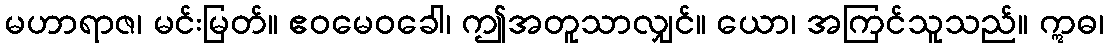
မဟာရာဇ၊ မင်းမြတ်။ ဧဝမေဝခေါ၊ ဤအတူသာလျှင်။ ယော၊ အကြင်သူသည်။ ဣဓ၊